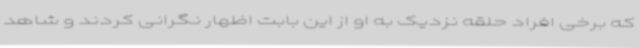
که برخی افراد حلقه نزدیک به او از این بابت اظهار نگرانی کردند و شاهد